Tezpur Lunatic Asylum reports 1895-1904 - 1895-1904
Year: 1895
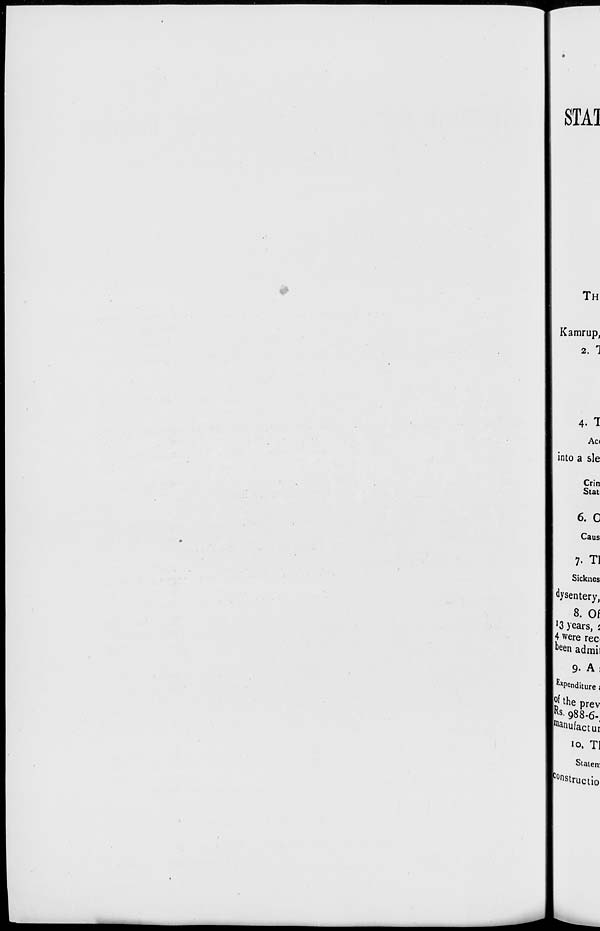
STA1
TH
Kamrup,
2. 1
4- 1
Act
into a sle
Crin
Stat
6. C
Caus
7- Tl
Sicknes
dysentery,
8. Of
'3 years, j
14 were rec<
| be enadmi]
9- A !
Expenditure i
|E f l he prev
Rs 988-6-
^nufactui
io. Tl
Stateir,
COns tructi 0